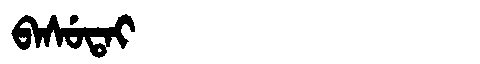
Manchu: ᠪᠠᠰᡠᡨᠠᡳ
Romanization: BASUTAI